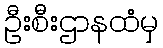
ဦးစီးဌာနထံမှ